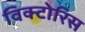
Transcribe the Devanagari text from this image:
विक्टोरिस